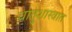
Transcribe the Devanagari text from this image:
धातुशास्त्रात